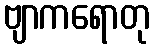
ဗျာကရောတု